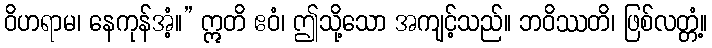
ဝိဟရာမ၊ နေကုန်အံ့။” ဣတိ ဧဝံ၊ ဤသို့သော အကျင့်သည်။ ဘဝိဿတိ၊ ဖြစ်လတ္တံ့။